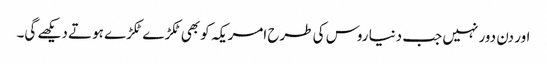
اور دن دور نہیں جب دنیا روس کی طرح امریکہ کو بھی ٹکڑ ے ٹکڑے ہوتے دیکھے گی۔